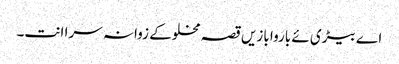
اے بیڑی ئے باروا بازیں قصہ مخلوکے زوانہ سرا انت۔